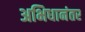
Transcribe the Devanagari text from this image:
अभिधानंतर